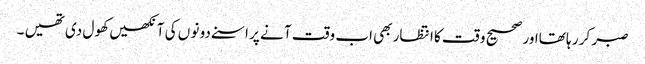
صبر کر ر ہا تھااور صحیح و قت کا انتظار بھی اب وقت آ نے پر اسنے دو نو ں کی آ نکھیں کھو ل دی تھیں ۔